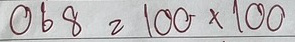
068 = 100x100